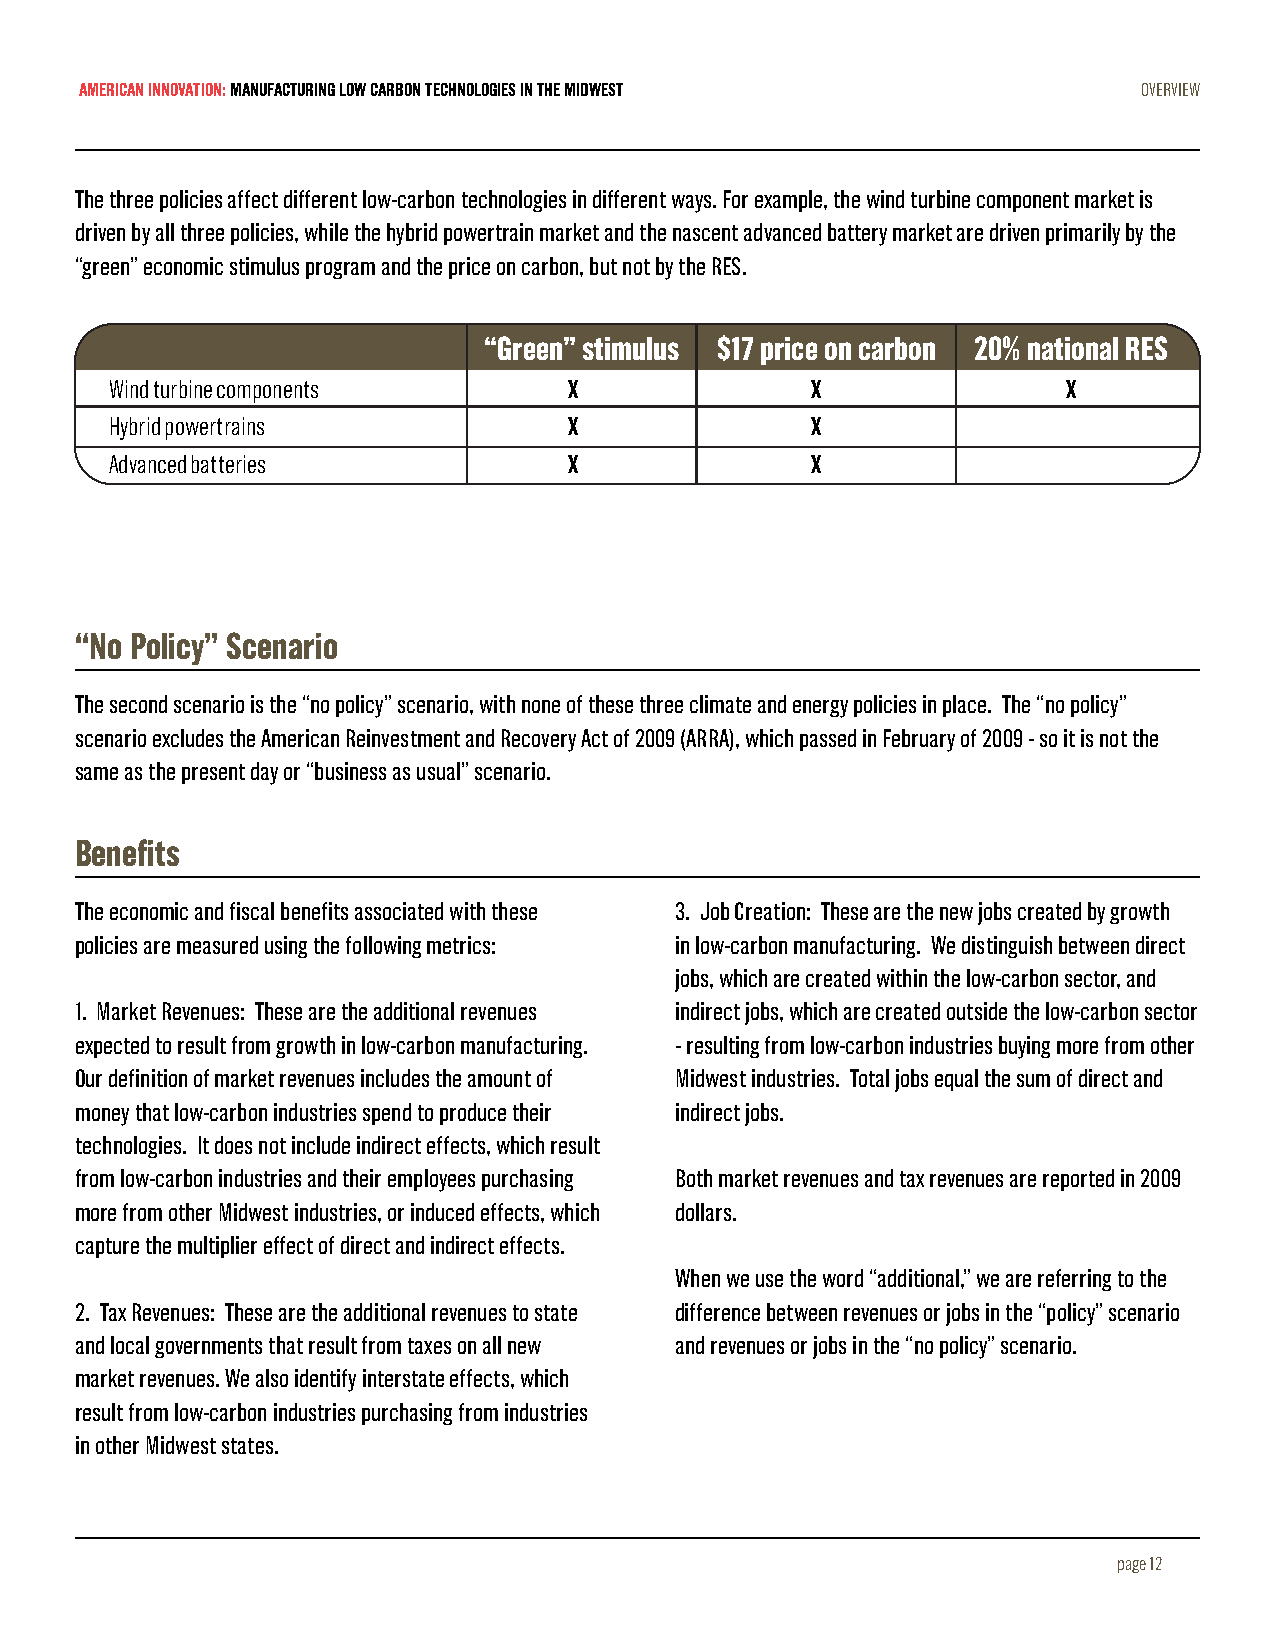
AMERICAN INNOVATION: MANUFACTURING LOW CARBON TECHNOLOGIES IN THE MIDWEST OVERVIEW
 The three policies affect different low-carbon technologies in different ways. For example, the wind turbine component market is
 driven by all three policies, while the hybrid powertrain market and the nascent advanced battery market are driven primarily by the
 “green” economic stimulus program and the price on carbon, but not by the RES.
 “Green” stimulus $17 price on carbon 20% national RES
 Wind turbine components        X               X                X
 Hybrid powertrains             X               X
 Advanced batteries             X               X
 “No Policy” Scenario
 The second scenario is the “no policy” scenario, with none of these three climate and energy policies in place. The “no policy”
 scenario excludes the American Reinvestment and Recovery Act of 2009 (ARRA), which passed in February of 2009 - so it is not the
 same as the present day or “business as usual” scenario.
 Benefits
 The economic and fiscal benefits associated with these 3. Job Creation: These are the new jobs created by growth
 policies are measured using the following metrics: in low-carbon manufacturing. We distinguish between direct
 jobs, which are created within the low-carbon sector, and
 1. Market Revenues: These are the additional revenues indirect jobs, which are created outside the low-carbon sector
 expected to result from growth in low-carbon manufacturing. - resulting from low-carbon industries buying more from other
 Our definition of market revenues includes the amount of Midwest industries. Total jobs equal the sum of direct and
 money that low-carbon industries spend to produce their indirect jobs.
 technologies. It does not include indirect effects, which result
 from low-carbon industries and their employees purchasing Both market revenues and tax revenues are reported in 2009
 more from other Midwest industries, or induced effects, which dollars.
 capture the multiplier effect of direct and indirect effects.
 When we use the word “additional,” we are referring to the
 2. Tax Revenues: These are the additional revenues to state difference between revenues or jobs in the “policy” scenario
 and local governments that result from taxes on all new and revenues or jobs in the “no policy” scenario.
 market revenues. We also identify interstate effects, which
 result from low-carbon industries purchasing from industries
 in other Midwest states.
 page 12